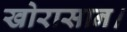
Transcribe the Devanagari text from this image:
खोरासान।